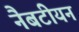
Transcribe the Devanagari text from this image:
नैबटीयन